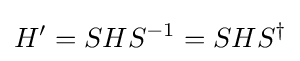
H'=SHS^{-1}=SHS^{\dagger }